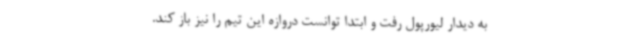
به دیدار لیورپول رفت و ابتدا توانست دروازه این تیم را نیز باز کند.